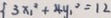
\{ 3 x _ { 1 } ^ { 2 } + 4 y _ { 1 } ^ { 2 } = 1 2